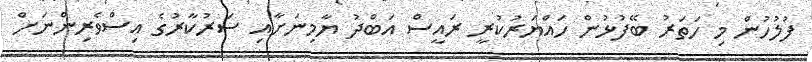
ފުލުހުން މި ހަތަރު ބޭފުޅުން ހައްޔަރުކުރީ ރައީސް އަބްދު ޔާމިނަށާއި ސަރުކާރުގެ އިސްވެރިންނަށް